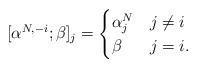
LaTeX: \begin{align*}[\alpha^{N,-i}; \beta]_j =\begin{cases} \alpha^N_j & j\neq i\\ \beta & j=i.\end{cases}\end{align*}